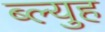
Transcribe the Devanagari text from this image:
ब्ल्युह